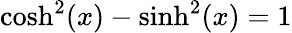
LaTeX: \cosh^{2}(x)-\sinh^{2}(x)=1